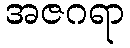
အဇဂရာ